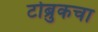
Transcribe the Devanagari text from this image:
टोब्रुकचा